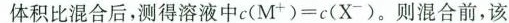
体积比混合后，测得溶液中c(M^{+})=c(X^{-})。则混合前，该